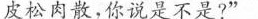
皮松肉散，你说是不是?”